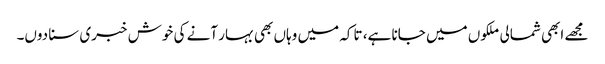
مجھے ابھی شمالی ملکوں میں جانا ہے، تاکہ میں وہاں بھی بہار آنے کی خوش خبری سنا دوں۔